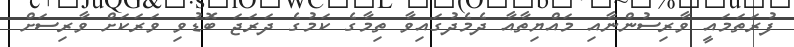
ފުރަތަމައީ ވާރިސުންނާއި މައްޔިތާއާ ދެމެދުގައިވާ ތިމާގެ ކަމުގެ ދަރަޖަ ބޮޑުވި ވަރަކަށް ވާރިސަށް